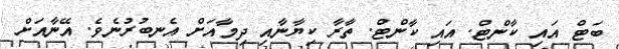
ބަޓް އައި ކާންޓް. އައި ކާންޓް. ތާރާ ކިޔާނާއި ދިމާއަށް އެނބުރުނެވެ. އޭނާއަށް